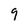
Character: 9